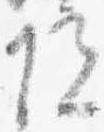
院